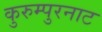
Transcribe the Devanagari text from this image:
कुरुम्पुरनाट